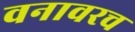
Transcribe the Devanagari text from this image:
वनावरच